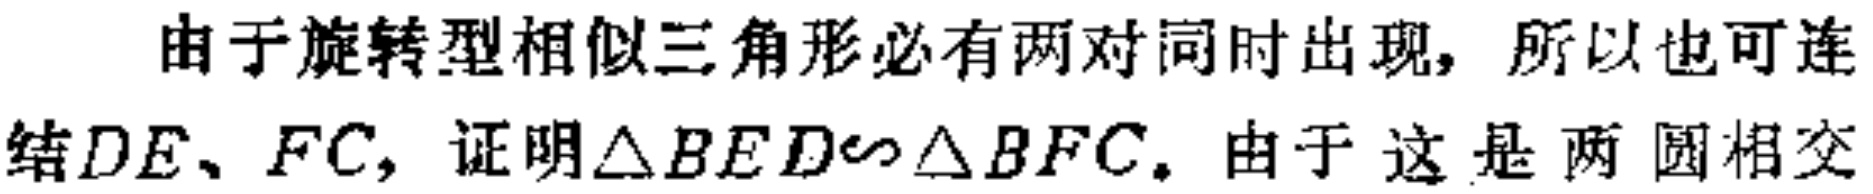
由于旋转型相似三角形必有两对同时出现，所以也可连结\(DE、FC\)，证明\(\triangle BED\sim\triangle BFC\)。由于 这 是 两 圆相交